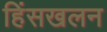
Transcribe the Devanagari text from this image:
हिंसखलन